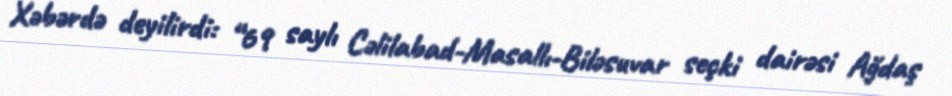
Xəbərdə deyilirdi: “69 saylı Cəlilabad-Masallı-Biləsuvar seçki dairəsi Ağdaş